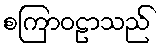
စကြာဝဠာသည်